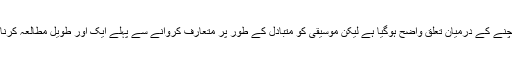
ڈاکٹر وینا گراف کا کہنا ہے کہ اگرچہ حالیہ مطالعے میں موسیقی اور اعصاب کو سکون پہنچنے کے درمیان تعلق واضح ہوگیا ہے لیکن موسیقی کو متبادل کے طور پر متعارف کروانے سے پہلے ایک اور طویل مطالعہ کرنا ہوگا جس میں موجودہ مطالعے کی خامیاں دور کرتے ہوئے مریضوں کا جائزہ لیا جائے گا۔